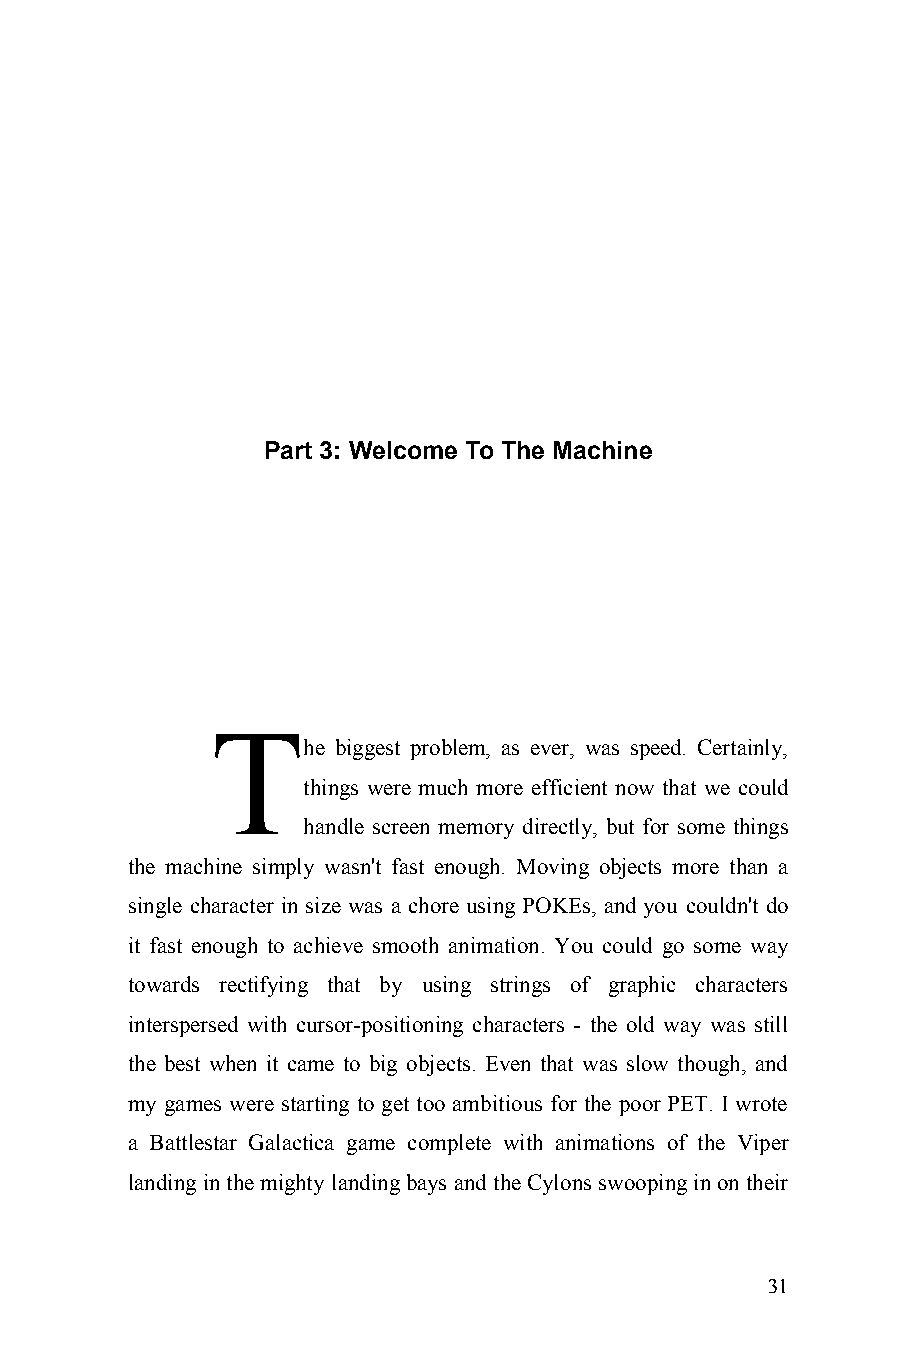
Part 3: Welcome To The Machine
 T
 he biggest problem, as ever, was speed. Certainly,
 things were much more efficient now that we could
 handle screen memory directly, but for some things
 the machine simply wasn't fast enough. Moving objects more than a
 single character in size was a chore using POKEs, and you couldn't do
 it fast enough to achieve smooth animation. You could go some way
 towards rectifying that by using strings of graphic characters
 interspersed with cursor-positioning characters - the old way was still
 the best when it came to big objects. Even that was slow though, and
 my games were starting to get too ambitious for the poor PET. I wrote
 a Battlestar Galactica game complete with animations of the Viper
 landing in the mighty landing bays and the Cylons swooping in on their
 31